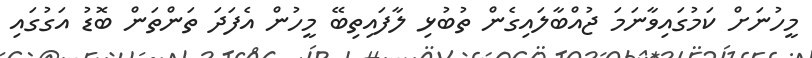
މީހުނަށް ކަމުގައިވާނަމަ ޖުއްބާލައިގެން ތުބުޅި ލާފައިތިބޭ މީހުން އެފަދަ ތަންތަން ބޮޑު އަގުގައި